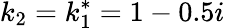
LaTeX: k_{2}=k_{1}^{*}=1-0.5i